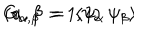
G _ { \alpha , \beta } \; = \; \langle \psi _ { \alpha } \, \psi _ { \beta } \rangle \hspace { 2 c m } ( \alpha , \beta = 1 , 2 )